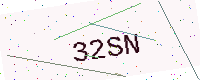
Text: 32SN